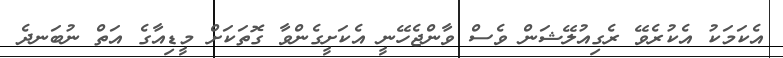
އެކަމަކު އެކުރެވޭ ރެގިއުލޭޝަން ވެސް ވާންޖެހޭނީ އެކަށީގެންވާ ގޮތަކަށް މީޑިއާގެ އަތް ނުބަނދެ